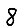
Digit: 8